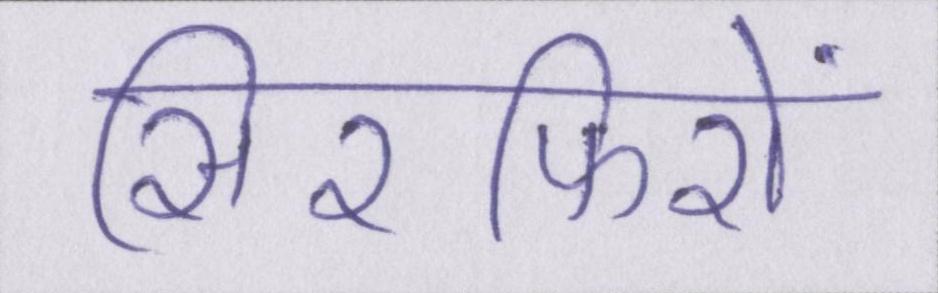
सिरफिरों